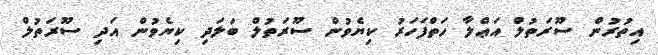
އިތުރުން ސޫރަތުލް އަޢްލާ ހަތްފަހަރު ކިޔެވުން ސޫރަތުލް ބަލަދި ކިޔެވުން އަދި ސޫރަތުލް